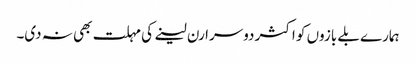
ہمارے بلے بازوں کو اکثر دوسرا رن لینے کی مہلت بھی نہ دی۔